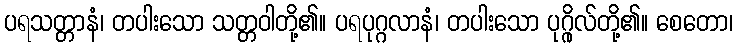
ပရသတ္တာနံ၊ တပါးသော သတ္တဝါတို့၏။ ပရပုဂ္ဂလာနံ၊ တပါးသော ပုဂ္ဂိုလ်တို့၏။ စေတော၊